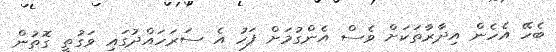
ބެހޭ އެހެން އިދާރާތަކަށް ވެސް އެންގުމަށް ފަހު އެ ސަރަހައްދުގައި ވަގުތީ ގޮތުން